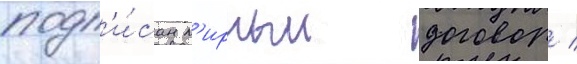
подп'и́сан м'ирныи договор /